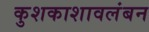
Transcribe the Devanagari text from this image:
कुशकाशावलंबन